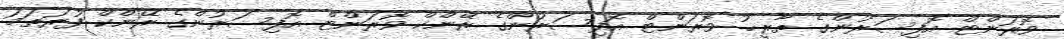
ވޮރަންޓް އޮފިސަރުންގެ ތާރީޚު ވޮރަންޓް އޮފިސަރުންގެ ރޭންކް ވޮރަންޓް އޮފިސަރުންގެ ރޭންކް ފުރަތަމަ